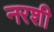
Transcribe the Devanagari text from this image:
नरशी